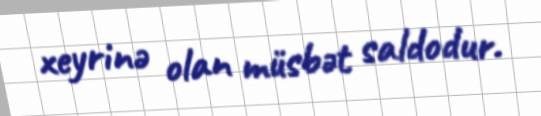
xeyrinə olan müsbət saldodur.